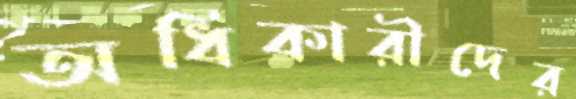
অধিকারীদের